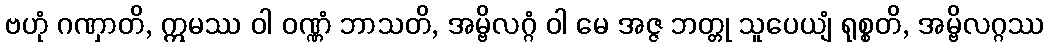
ဗဟုံ ဂဏှာတိ, ဣမဿ ဝါ ဝဏ္ဏံ ဘာသတိ, အမ္ဗိလဂ္ဂံ ဝါ မေ အဇ္ဇ ဘတ္တု သူပေယျံ ရုစ္စတိ, အမ္ဗိလဂ္ဂဿ